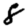
Digit: 8